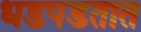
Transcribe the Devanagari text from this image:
धडपडतात